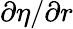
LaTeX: \partial\eta/\partial r